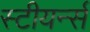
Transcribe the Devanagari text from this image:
स्टीयर्न्स